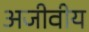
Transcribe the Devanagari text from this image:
अजीवीय